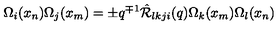
\Omega _ { i } ( x _ { n } ) \Omega _ { j } ( x _ { m } ) = \pm q ^ { \mp 1 } \hat { { \cal R } } _ { l k j i } ( q ) \Omega _ { k } ( x _ { m } ) \Omega _ { l } ( x _ { n } )